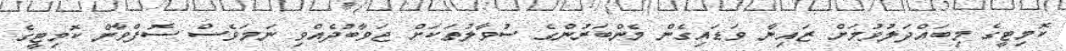
ކޮމިޓީގެ މިބައްދަލުވުމަށް ޒައިނާ ވަޑައިގެން މެންބަރުންގެ ސުވާލުތަކަށް ޖަވާބުދެއްވި ނަމަވެސް ސޮފްވާން ކޮމިޓީގެ